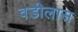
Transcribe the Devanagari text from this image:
वडीलास